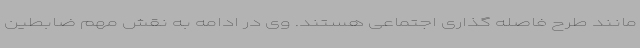
مانند طرح فاصله گذاری اجتماعی هستند. وی در ادامه به نقش مهم ضابطین